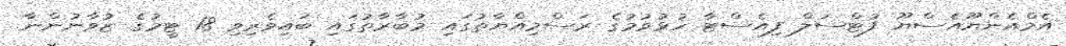
އެމްއެންޔޫއެސްޔޫ ފުޓްސަލް ފިއެސްޓާ ހުޅުވުމުގެ ރަސްމިއްޔާތުގައި މުބާރާތުގައި ބައިވެރިވި 18 ޓީމުގެ ޒުވާނުންނާ